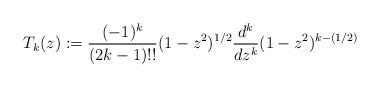
LaTeX: \begin{align*} T_k(z):=\frac{(-1)^k}{(2k-1)!!}(1-z^2)^{1/2}\frac{d^k}{dz^k}(1-z^2)^{k-(1/2)} \end{align*}